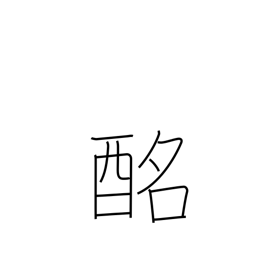
Meaning: sweet sake